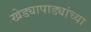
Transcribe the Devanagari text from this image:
खेड्यापाड्यांच्या